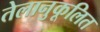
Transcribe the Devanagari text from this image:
तेलानुकूलित